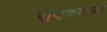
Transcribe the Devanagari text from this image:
राजकर्तव्यों